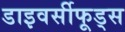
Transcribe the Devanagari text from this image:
डाइवर्सीफूड्स